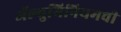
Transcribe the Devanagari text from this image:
ॲल्युमिनियमची